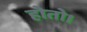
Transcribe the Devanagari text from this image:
होतो।